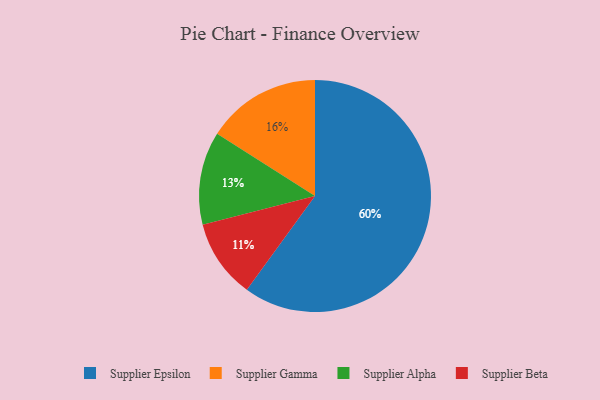
{"axis": {"x": "Category", "y": "Percentage"}, "legend": ["Supplier Alpha", "Supplier Beta", "Supplier Epsilon", "Supplier Gamma"], "data": [{"x": "Supplier Alpha", "y": 13, "type": "Supplier Alpha"}, {"x": "Supplier Beta", "y": 11, "type": "Supplier Beta"}, {"x": "Supplier Epsilon", "y": 60, "type": "Supplier Epsilon"}, {"x": "Supplier Gamma", "y": 16, "type": "Supplier Gamma"}]}